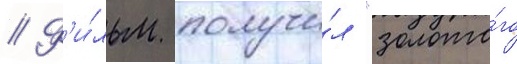
// Ф'и́льм получи́л "золото́го